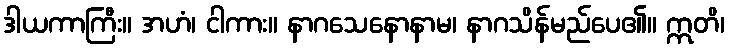
ဒါယကာကြီး။ အဟံ၊ ငါကား။ နာဂသေနောနာမ၊ နာဂသိန်မည်ပေ၏။ ဣတိ၊